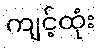
ကျင့်ထုံး